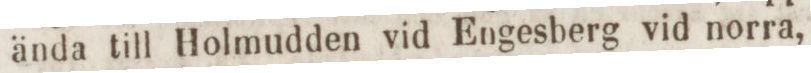
ända till Holmudden vid Engesberg vid norra,